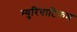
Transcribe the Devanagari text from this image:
म्युरियाटिकम